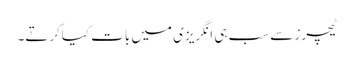
ٹیچرز سے سب ہی انگریزی میں بات کیاکرتے۔